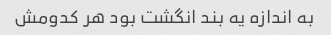
به اندازه یه بند انگشت بود هر کدومش